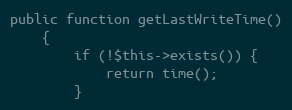
Language: PHP
public function getLastWriteTime()
    {
        if (!$this->exists()) {
            return time();
        }